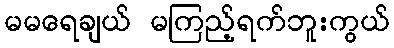
မမရေချယ် မကြည့်ရက်ဘူးကွယ်